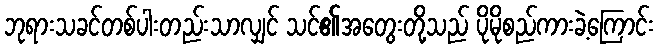
ဘုရားသခင်တစ်ပါးတည်းသာလျှင် သင်၏အတွေးတို့သည် ပိုမိုစည်ကားခဲ့ကြောင်း